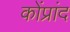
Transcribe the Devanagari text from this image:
कोंप्रांद